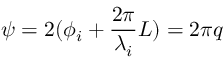
\psi = 2 ( \phi _ { i } + \frac { 2 \pi } { \lambda _ { i } } L ) = 2 \pi q